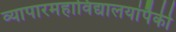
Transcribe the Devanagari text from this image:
व्यापारमहाविद्यालयांपैकी